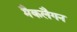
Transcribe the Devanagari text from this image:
मैकलैगन